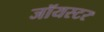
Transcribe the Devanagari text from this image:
जॉयस्टर